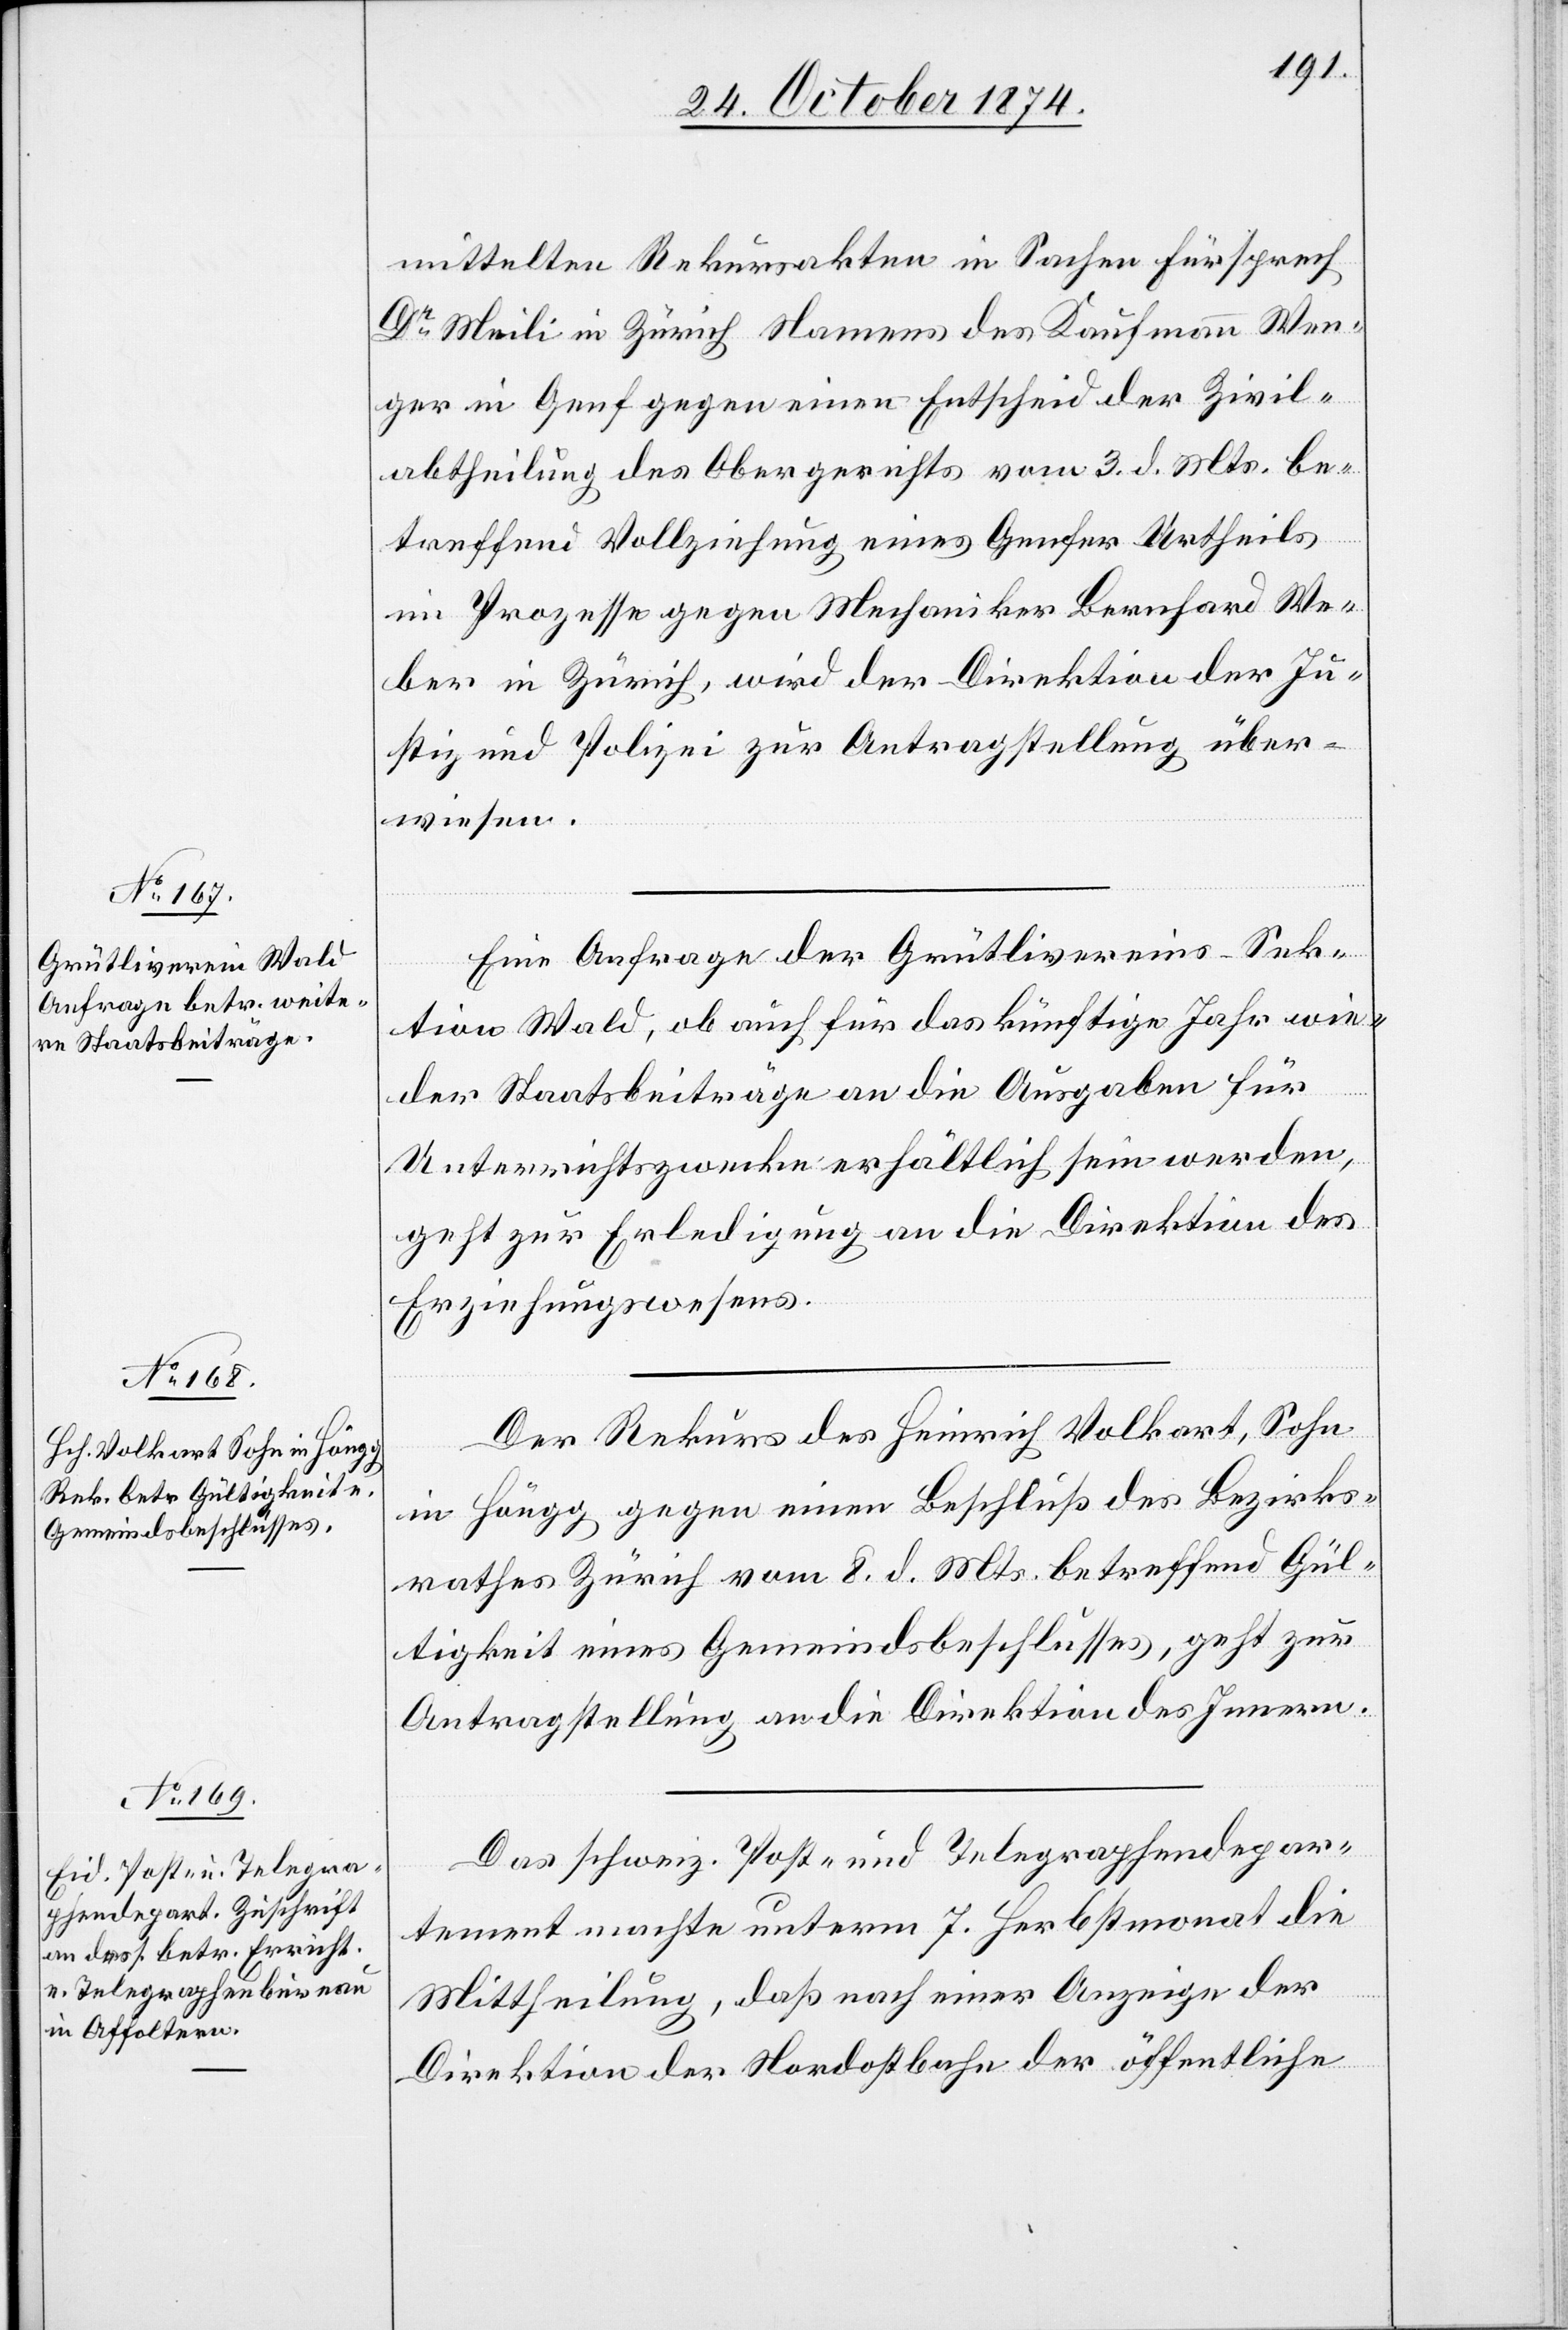
28. October 1874]
mittelten Rekursakten in Sachen Fürsprech
Dr Meili in Zürich Namens des Kaufmann Wenger
in Genf gegen einen Entscheid der Zivil¬
abtheilung des Obergerichts vom 3. d. Mts. be¬
treffend Vollziehung gegen Mechaniker Bernhard
Weber in Zürich, wird der Direktion der Ju¬
stiz und Polizei zur Antragstellung über¬
wiesen.
Eine Anfrage der Grütlivereins-Sek¬
tion Wald, ob auch für das künftige Jahr wie¬
der Staatsbeiträge an die Ausgaben für
Unterrichtszwecke erhältlich sein werden,
geht zur Erledigung an die Direktion des
Erziehungswesens.
Der Rekurs des Heinrich Volkart, Sohn
in Höngg gegen einen Beschluß des Bezirks¬
rathes Zürich vom 8. d. Mts. betreffend Gül¬
tigkeit eines Gemeindsbeschlusses, geht zur
Antragstellung an die Direktion des Innern.
Das schweiz. Post- und Telegraphendepar¬
tement machte unterm 7. Herbstmonat die
Mittheilung, daß nach einer Anzeige der
Direktion der Nordostbahn der öffentliche